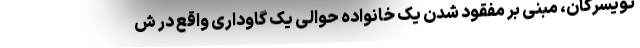
تویسرکان، مبنی بر مفقود شدن یک خانواده حوالی یک گاوداری واقع در ش